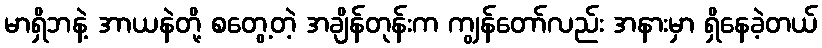
မာရှိဘနဲ့ အာယနဲတို့ စတွေ့တဲ့ အချိန်တုန်းက ကျွန်တော်လည်း အနားမှာ ရှိနေခဲ့တယ်